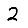
Digit: 2